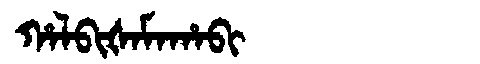
Manchu: ᡥᠠᠯᠪᡳᡧᠠᠮᠠᡥᠠᠪᡳ
Romanization: HALBIŠAMAHABI